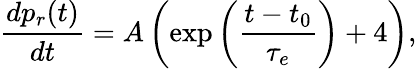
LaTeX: \frac{dp_{r}(t)}{dt}=A\left(\exp\left(\frac{t-t_{0}}{\tau_{e}}\right)+4\right),